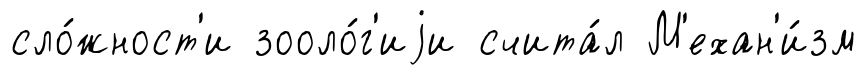
сло́жност'и зооло́г'иjи счита́л М'ехан'и́зм